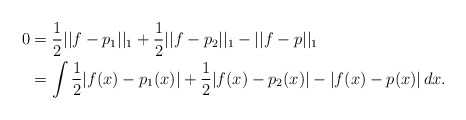
\begin{align*} 0&=\frac{1}{2}||f-p_1||_1+\frac{1}{2}||f-p_2||_1-||f-p||_1\\&=\int\frac{1}{2}|f(x)-p_1(x)|+\frac{1}{2}|f(x)-p_2(x)|-|f(x)-p(x)|\, dx.\end{align*}